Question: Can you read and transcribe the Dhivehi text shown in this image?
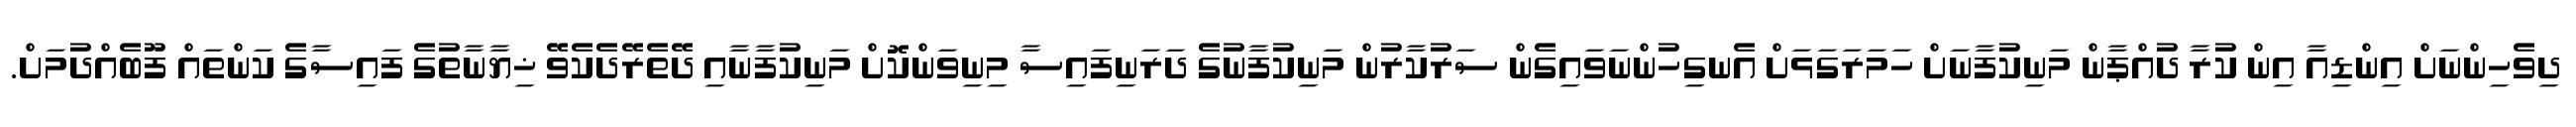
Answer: ދިވެހިންނަށް އިންޑިއާ އިން ކުރާ ދުއްޕާން މަނިކުފާނަށް ހަމަރަގަޅަށް އެނގިހުންނަވައިގެން ސަރުކާރުން މަނިކުފާނުގެ ދަރަނިފައިސާ މިނިވަންކޮށް މަނިކުފާނާއި ދޭތެރޭދެކެވޭ ޚިޔާނާތުގެ ފައިސާގެ ކަންތައް ފޫބެއްދުމަށް.